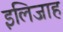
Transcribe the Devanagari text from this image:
इलिजाह